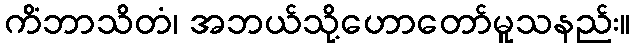
ကိံဘာသိတံ၊ အဘယ်သို့ဟောတော်မူသနည်း။